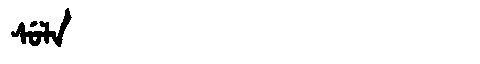
Manchu: ᠰᡠᠯᠠ
Romanization: SULA